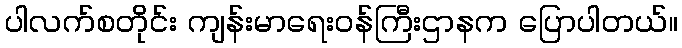
ပါလက်စတိုင်း ကျန်းမာရေးဝန်ကြီးဌာနက ပြောပါတယ်။